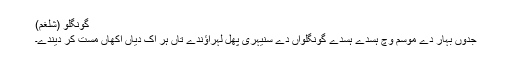
گونگلو (شلغم)
جدوں بہار دے موسم وچ ہسدے ہسدے گونگلواں دے سُنیہری پُھل لہراؤندے تاں ہر اک دیاں اکھاں مست کر دیندے۔